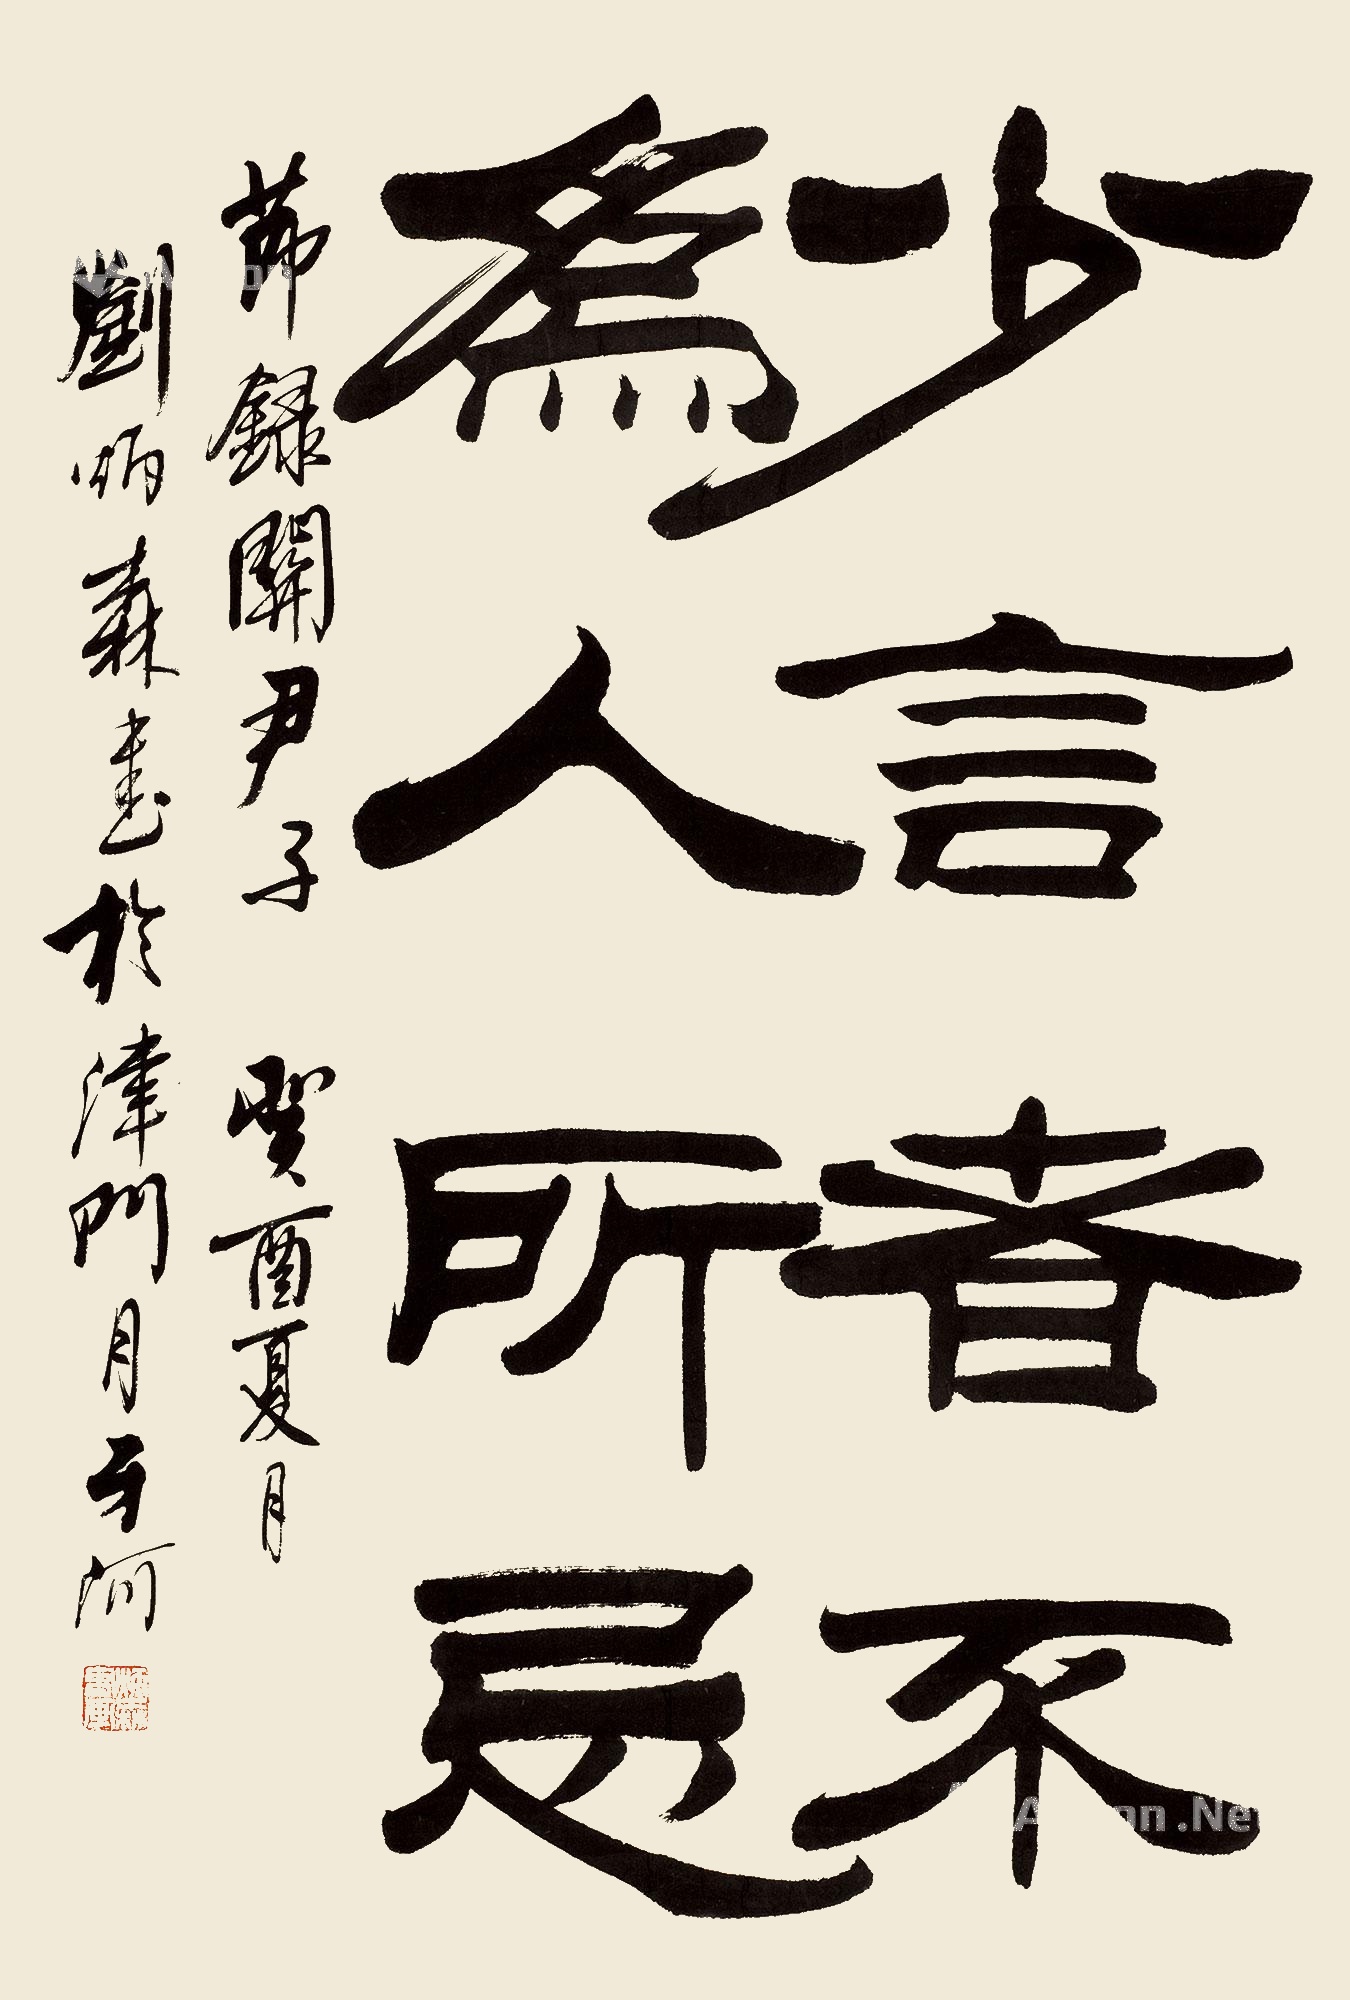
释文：少言者不为人所忌。节录关尹子，癸酉夏月，刘炳森书于津门月牙阿。